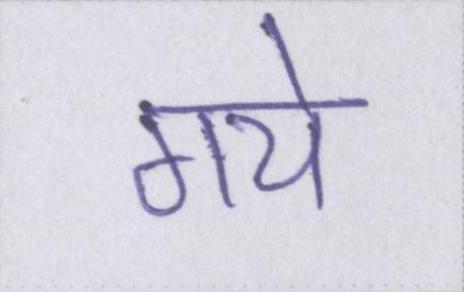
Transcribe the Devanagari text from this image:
गये